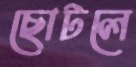
ছোটলে